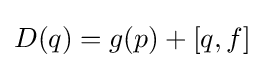
{\textstyle D(q)=g(p)+[q,f]}